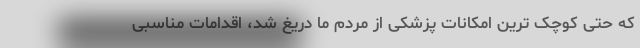
که حتی کوچک ترین امکانات پزشکی از مردم ما دریغ شد، اقدامات مناسبی